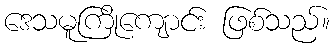
ဒေသမူကြိုကျောင်း ဖြစ်သည်။